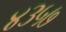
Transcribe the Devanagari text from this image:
४३५७